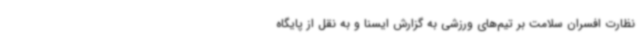
نظارت افسران سلامت بر تیم‌های ورزشی به گزارش ایسنا و به نقل از پایگاه